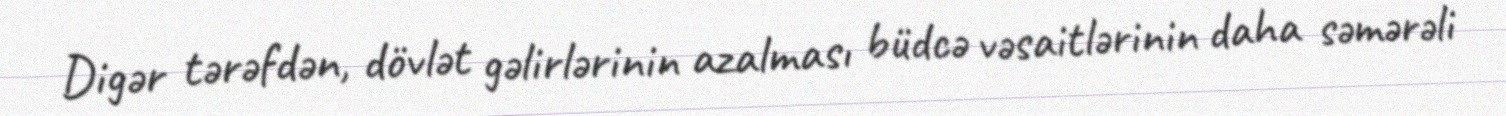
Digər tərəfdən, dövlət gəlirlərinin azalması büdcə vəsaitlərinin daha səmərəli